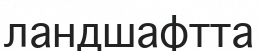
ландшафтта